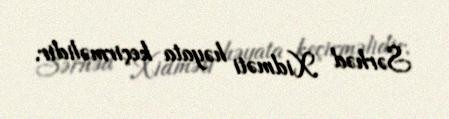
Sərhəd Xidməti həyata keçirməlidir.